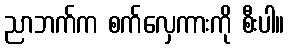
ညာဘက်က စက်လှေကားကို စီးပါ။